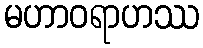
မဟာဝရာဟဿ